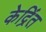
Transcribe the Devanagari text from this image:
केद्रिंत